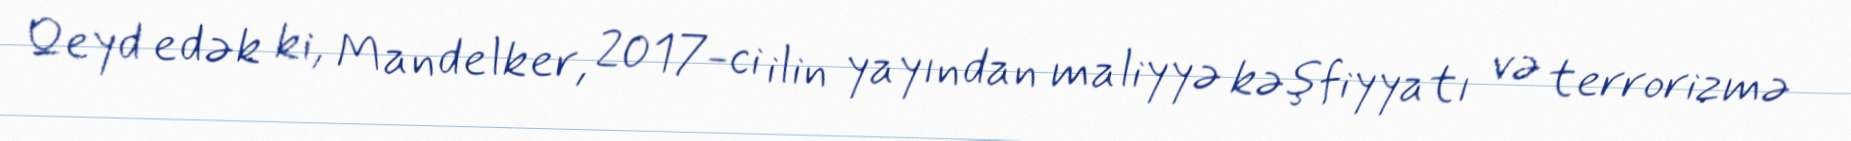
Qeyd edək ki, Mandelker, 2017-ci ilin yayından maliyyə kəşfiyyatı və terrorizmə